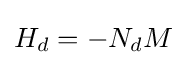
H_{d}=-N_{d}M